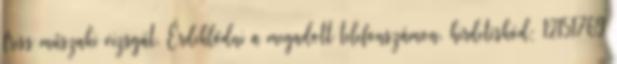
friss műszaki vizsgát. Érdeklődni a megadott telefonszámon. hirdetéskód: 12151769